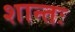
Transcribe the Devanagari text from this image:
शान्तः